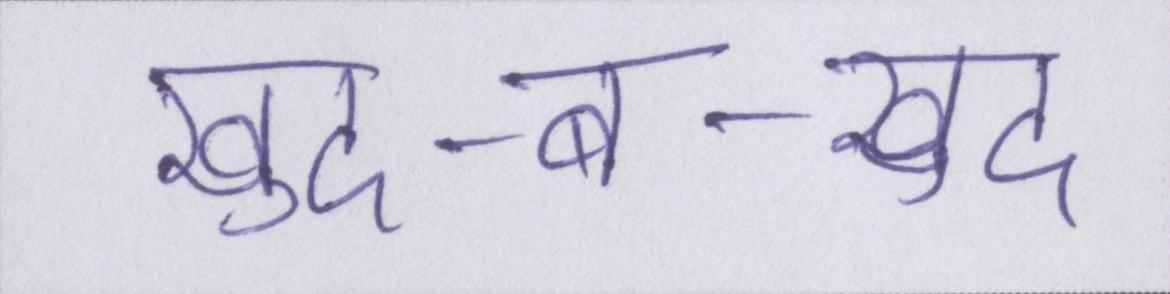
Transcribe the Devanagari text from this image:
खुद-ब-खुद